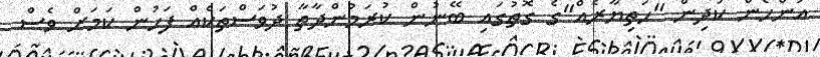
އަންހެން ކުދިން "ހަތިޔާރެއް"ގެ ގޮތުގައި ބޭނުން ކުރަމުންދާތާ ދުވަސްތަކެއް ފަހުން ކަމަށް ވެސް